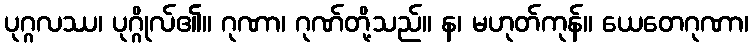
ပုဂ္ဂလဿ၊ ပုဂ္ဂိုလ်၏။ ဂုဏာ၊ ဂုဏ်တို့သည်။ န၊ မဟုတ်ကုန်။ ယေတေဂုဏာ၊